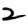
Digit: 2